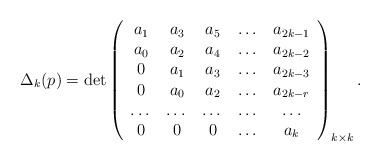
\begin{align*} \Delta_k(p)= \det \left( \begin{array}{ccccc} a_1 & a_3 & a_5 & \dots & a_{2k-1}\\ a_0 & a_2 & a_4 & \dots & a_{2k-2}\\ 0 & a_1 & a_3 & \dots & a_{2k-3}\\ 0 & a_0 & a_2 & \dots & a_{2k-r}\\ \dots&\dots&\dots& \dots & \dots\\ 0 & 0 & 0 & \dots & a_{k}\\ \end{array}\right)_{k\times k}.\end{align*}